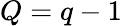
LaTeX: Q=q-1